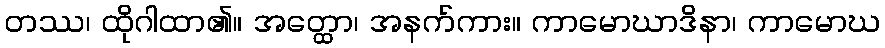
တဿ၊ ထိုဂါထာ၏။ အတ္ထော၊ အနက်ကား။ ကာမောဃာဒိနာ၊ ကာမောဃ